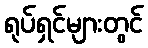
ရုပ်ရှင်များတွင်